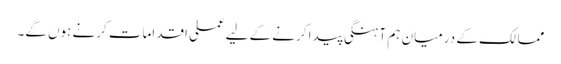
ممالک کے درمیان ہم آہنگی پیدا کرنے کے لیےعملی اقدامات کرنے ہوں گے۔